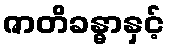
ဇာတိခန္ဓာနှင့်